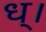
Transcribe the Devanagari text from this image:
ध्।